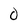
Character: 0